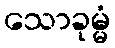
သောခုမ္မံ